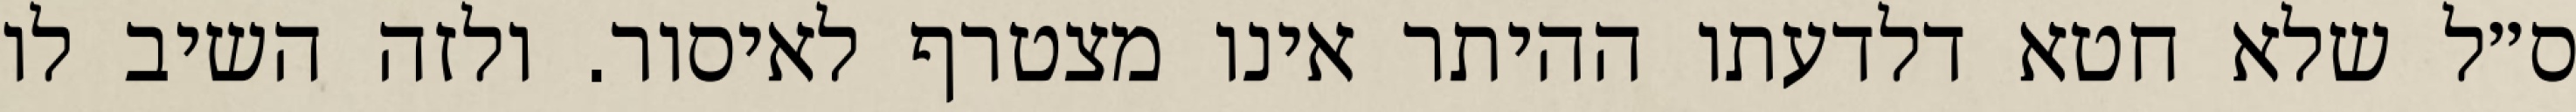
ס״ל שלא חטא דלדעתו ההיתר אינו מצטרף לאיסור. ולזה השיב לו